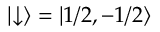
| { \downarrow } \rangle = { | 1 / 2 , - 1 / 2 } \rangle